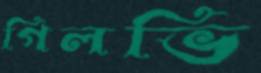
গিলভি